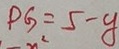
P G = 5 - y